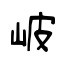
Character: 岥